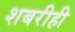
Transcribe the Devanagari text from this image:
शबरीही